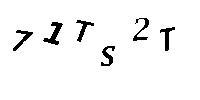
71TS2T